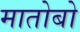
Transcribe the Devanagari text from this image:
मातोबो